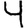
Digit: 4